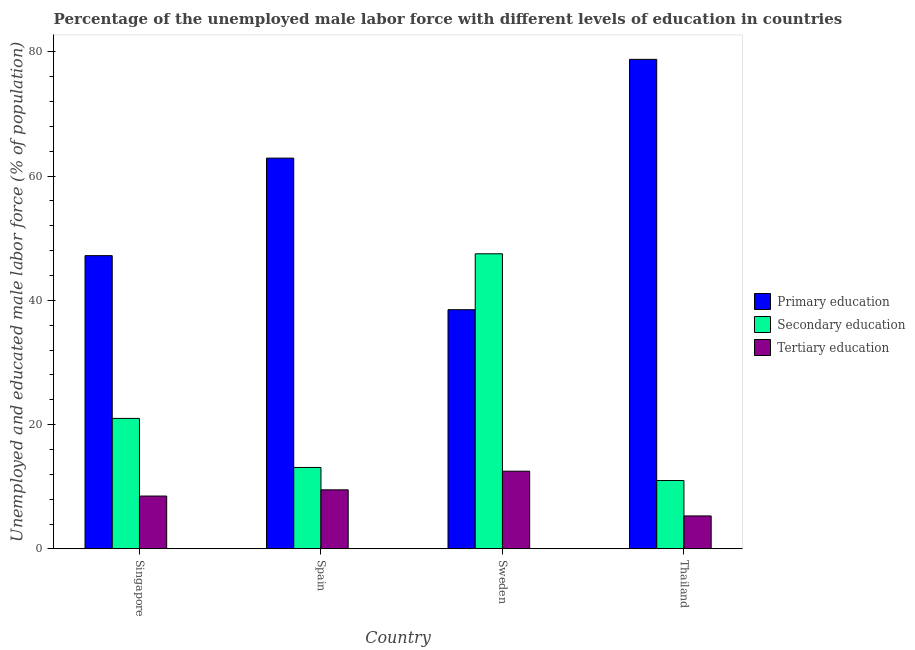
| Country | Primary education | Secondary education | Tertiary education |
 | --- | --- | --- | --- |
 | Singapore | 47.2 | 21 | 8.5 |
 | Spain | 62.9 | 13.1 | 9.5 |
 | Sweden | 38.5 | 47.5 | 12.5 |
 | Thailand | 78.8 | 11 | 5.3 |